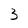
Character: 3